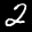
Label: 2